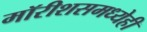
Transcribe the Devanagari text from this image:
मॉरीशसमध्येही